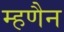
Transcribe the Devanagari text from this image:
म्हणैन